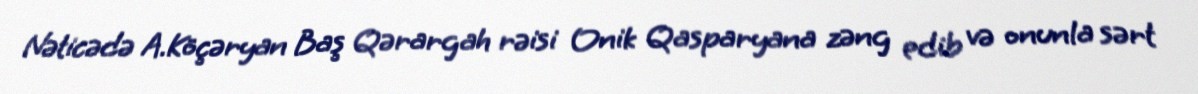
Nəticədə A.Köçəryan Baş Qərargah rəisi Onik Qasparyana zəng edib və onunla sərt